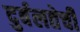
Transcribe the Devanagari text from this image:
दुर्बलतेची